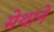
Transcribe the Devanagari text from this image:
मेथाने